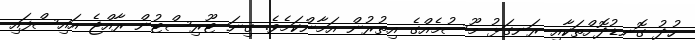
ހުދު ގޮނޑުދޮށްތަކާއި ރަނގަޅު މޫސުމެއްގެ އިތުރުން އަމާންކަމެވެ. ގިނަ ޓޫރިސްޓުން ރާއްޖެ އައިސްފައި